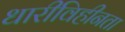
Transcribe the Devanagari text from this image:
धारीविहीनता